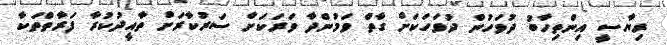
ރިޔާސީ އިންތިހާބު ދުވަހުން ދުވަހަކަށް ގާތް ވަމުންދާ ވަރަކަށް ސަރުކާރަށް ތާއީދުކުރާ ފަރާތްތަކާ